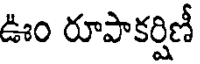
ఊం రూపాకర్షిణీ